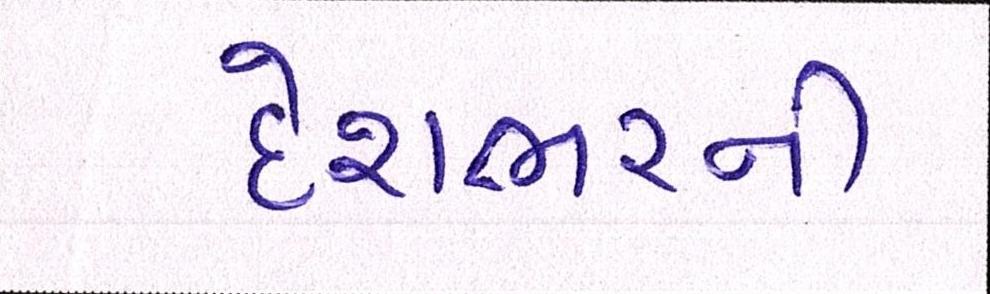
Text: દેશભરની